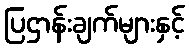
ပြဌာန်းချက်များနှင့်